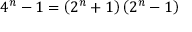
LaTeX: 4 ^ { n } - 1 = \left( 2 ^ { n } + 1 \right) \left( 2 ^ { n } - 1 \right)